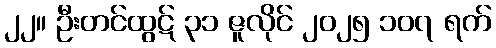
၂၂။ ဦးတင်ထွဋ် ၃၁ ဇူလိုင် ၂၀၂၅ ၁၀၇ ရက်